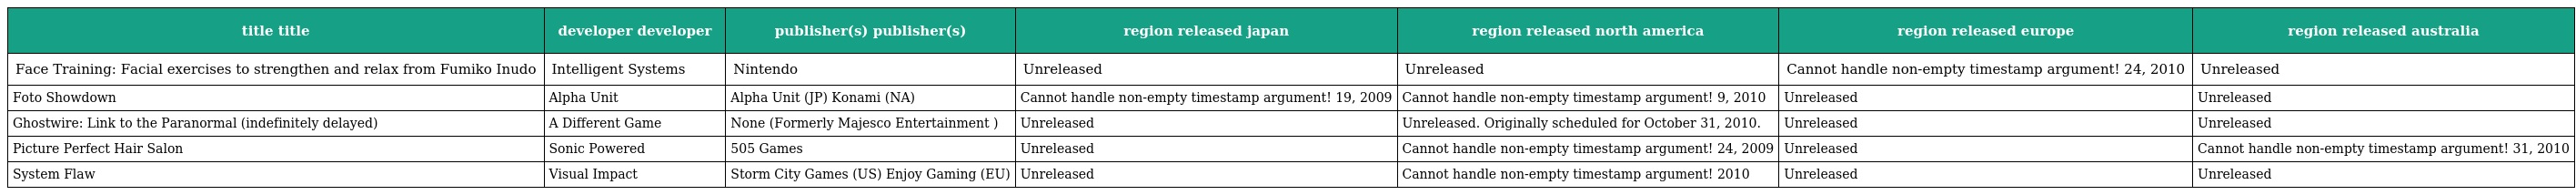
| title title | developer developer | publisher(s) publisher(s) | region released japan | region released north america | region released europe | region released australia |
 | --- | --- | --- | --- | --- | --- | --- |
 | Face Training: Facial exercises to strengthen and relax from Fumiko Inudo | Intelligent Systems | Nintendo | Unreleased | Unreleased | Cannot handle non-empty timestamp argument! 24, 2010 | Unreleased |
 | Foto Showdown | Alpha Unit | Alpha Unit (JP) Konami (NA) | Cannot handle non-empty timestamp argument! 19, 2009 | Cannot handle non-empty timestamp argument! 9, 2010 | Unreleased | Unreleased |
 | Ghostwire: Link to the Paranormal (indefinitely delayed) | A Different Game | None (Formerly Majesco Entertainment ) | Unreleased | Unreleased. Originally scheduled for October 31, 2010. | Unreleased | Unreleased |
 | Picture Perfect Hair Salon | Sonic Powered | 505 Games | Unreleased | Cannot handle non-empty timestamp argument! 24, 2009 | Unreleased | Cannot handle non-empty timestamp argument! 31, 2010 |
 | System Flaw | Visual Impact | Storm City Games (US) Enjoy Gaming (EU) | Unreleased | Cannot handle non-empty timestamp argument! 2010 | Unreleased | Unreleased |